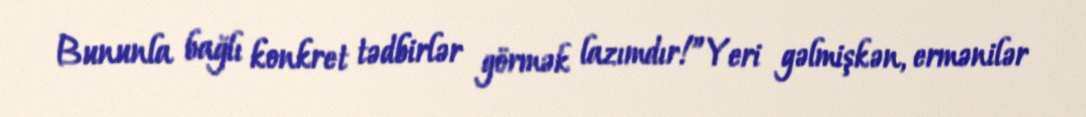
Bununla bağlı konkret tədbirlər görmək lazımdır!”Yeri gəlmişkən, ermənilər